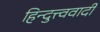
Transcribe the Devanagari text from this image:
हिन्दुत्त्ववादी